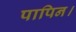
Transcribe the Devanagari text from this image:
पापिन।